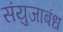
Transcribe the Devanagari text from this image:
संयुजाबंध